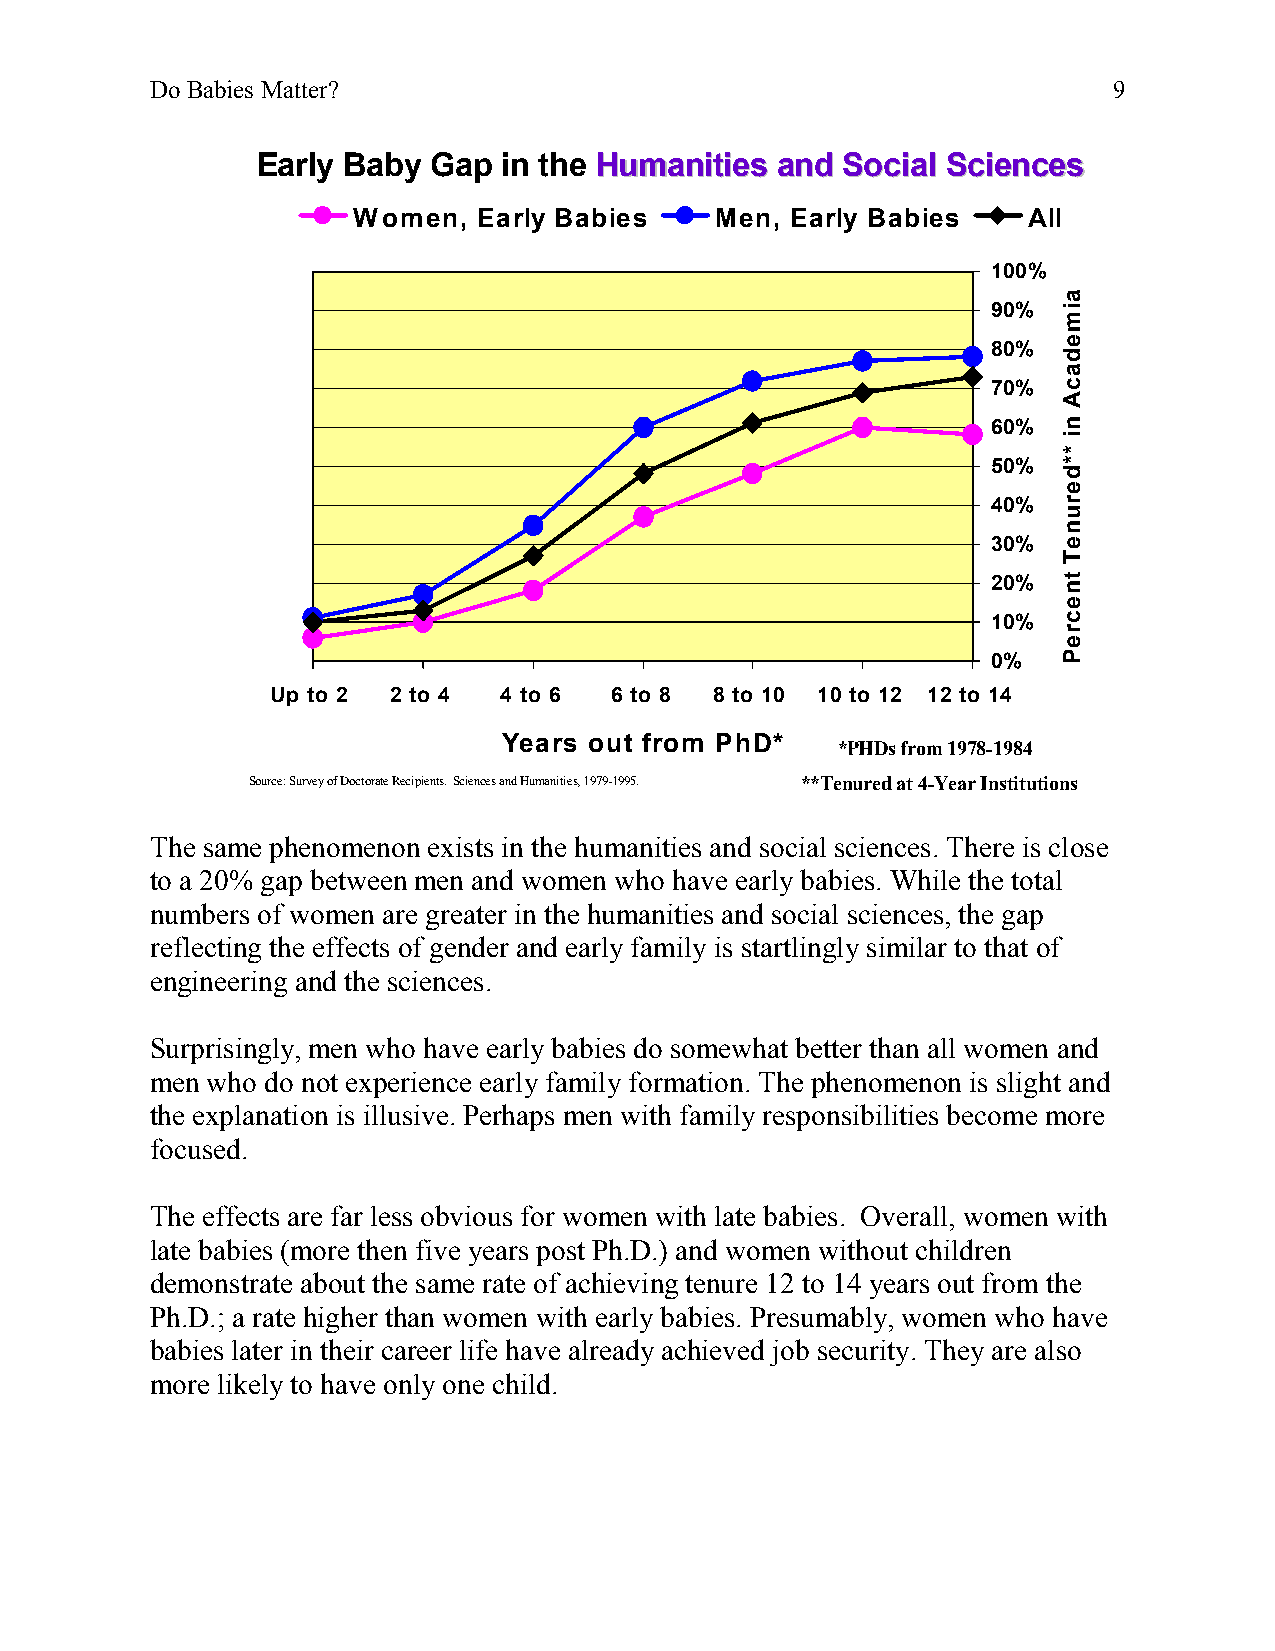
Do Babies Matter?                                               9
 Early Baby  Gap in the HHuummaanniittiieess aanndd SSoocciiaall SScciieenncceess
 Women,   Early Babies   Men, Early Babies    All
 100%
 90%
 80%
 70%
 60%
 50%
 40%
 30%
 20%
 10%
 0%
 Up to 2 2 to 4 4 to 6 6 to 8 8 to 10 10 to 12 12 to 14
 Years out from PhD*
 *PHDs from 1978-1984
 Source: Survey of Doctorate Recipients. Sciences and Humanities, 1979-1995. **Tenured at 4-Year Institutions
 The same phenomenon exists in the humanities and social sciences. There is close
 to a 20% gap between men and women who have early babies. While the total
 numbers of women are greater in the humanities and social sciences, the gap
 reflecting the effects of gender and early family is startlingly similar to that of
 engineering and the sciences.
 Surprisingly, men who have early babies do somewhat better than all women and
 men who do not experience early family formation. The phenomenon is slight and
 the explanation is illusive. Perhaps men with family responsibilities become more
 focused.
 The effects are far less obvious for women with late babies. Overall, women with
 late babies (more then five years post Ph.D.) and women without children
 demonstrate about the same rate of achieving tenure 12 to 14 years out from the
 Ph.D.; a rate higher than women with early babies. Presumably, women who have
 babies later in their career life have already achieved job security. They are also
 more likely to have only one child.
 aimedacA
 ni
 **deruneT
 tnecreP